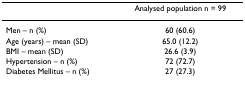
|  | Analysed population n = 99 |
 | --- | --- |
 | Men – n (%) | 60 (60.6) |
 | Age (years) – mean (SD) | 65.0 (12.2) |
 | BMI – mean (SD) | 26.6 (3.9) |
 | Hypertension – n (%) | 72 (72.7) |
 | Diabetes Mellitus – n (%) | 27 (27.3) |